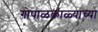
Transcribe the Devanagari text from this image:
गोपाळकाळ्याच्या